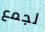
لجمع